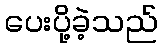
ပေးပို့ခဲ့သည်